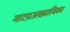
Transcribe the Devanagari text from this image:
नाटय़अख्यायिका